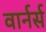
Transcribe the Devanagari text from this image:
वार्नर्स